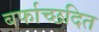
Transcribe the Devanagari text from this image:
बर्फाच्छदित